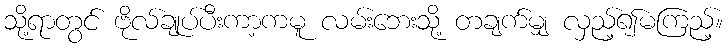
သို့ရာတွင် ဗိုလ်ချုပ်ပီးကာ့ကမူ လမ်းဘေးသို့ တချက်မျှ လှည့်၍မကြည့်။